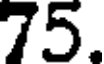
75.